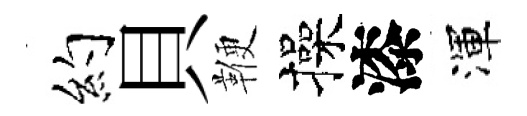
约貝鞭操漆渾